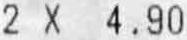
2 X 4.90